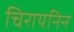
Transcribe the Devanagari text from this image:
चिरायनिन